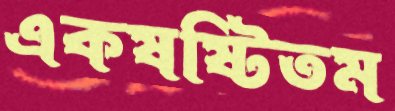
একষষ্টিতম